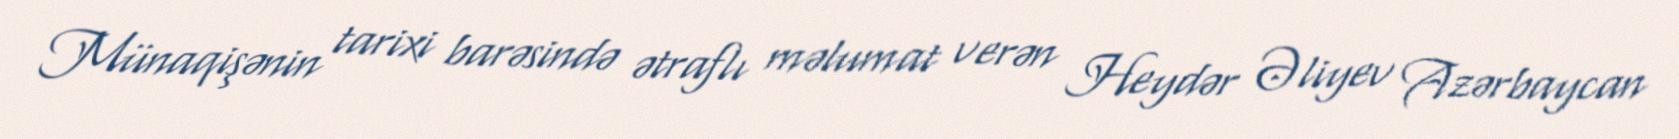
Münaqişənin tarixi barəsində ətraflı məlumat verən Heydər Əliyev Azərbaycan